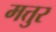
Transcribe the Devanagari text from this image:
मत्तुर